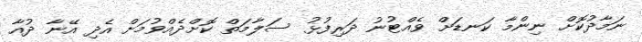
ނަމާދުކޮށް ނިންމާ ކަނޑަށް ވެއްޓުނު ދަރިފުޅު ސަލާމަތް ކޮށްދެއްވުމަށް އެދި އޭނާ ދުއާ